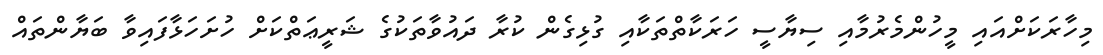
މިހާރަކަށްއައި މީހުންމެރުމާއި ސިޔާސީ ހަރަކާތްތަކާއި ގުޅިގެން ކުރާ ދައުވާތަކުގެ ޝަރީޢަތްކަށް ހުށަހަޅާފައިވާ ބަޔާންތައް